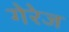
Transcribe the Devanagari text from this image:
गेरेज